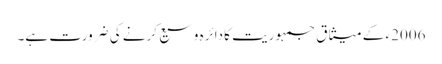
2006ء کے میثاق جمہوریت کا دائرہ وسیع کرنے کی ضرورت ہے۔